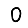
Digit: 0